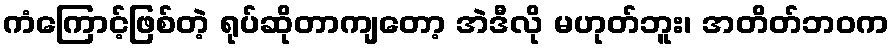
ကံကြောင့်ဖြစ်တဲ့ ရုပ်ဆိုတာကျတော့ အဲဒီလို မဟုတ်ဘူး၊ အတိတ်ဘဝက